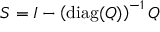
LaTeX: S = I - \left( \operatorname { d i a g } ( Q ) \right) ^ { - 1 } Q